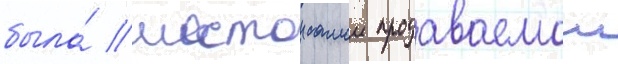
была́ шестои самои продаваемои